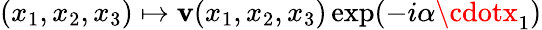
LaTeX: (x_{1},x_{2},x_{3})\mapsto\mathbf{v}(x_{1},x_{2},x_{3})\exp(-i\alpha\cdotx_{1})